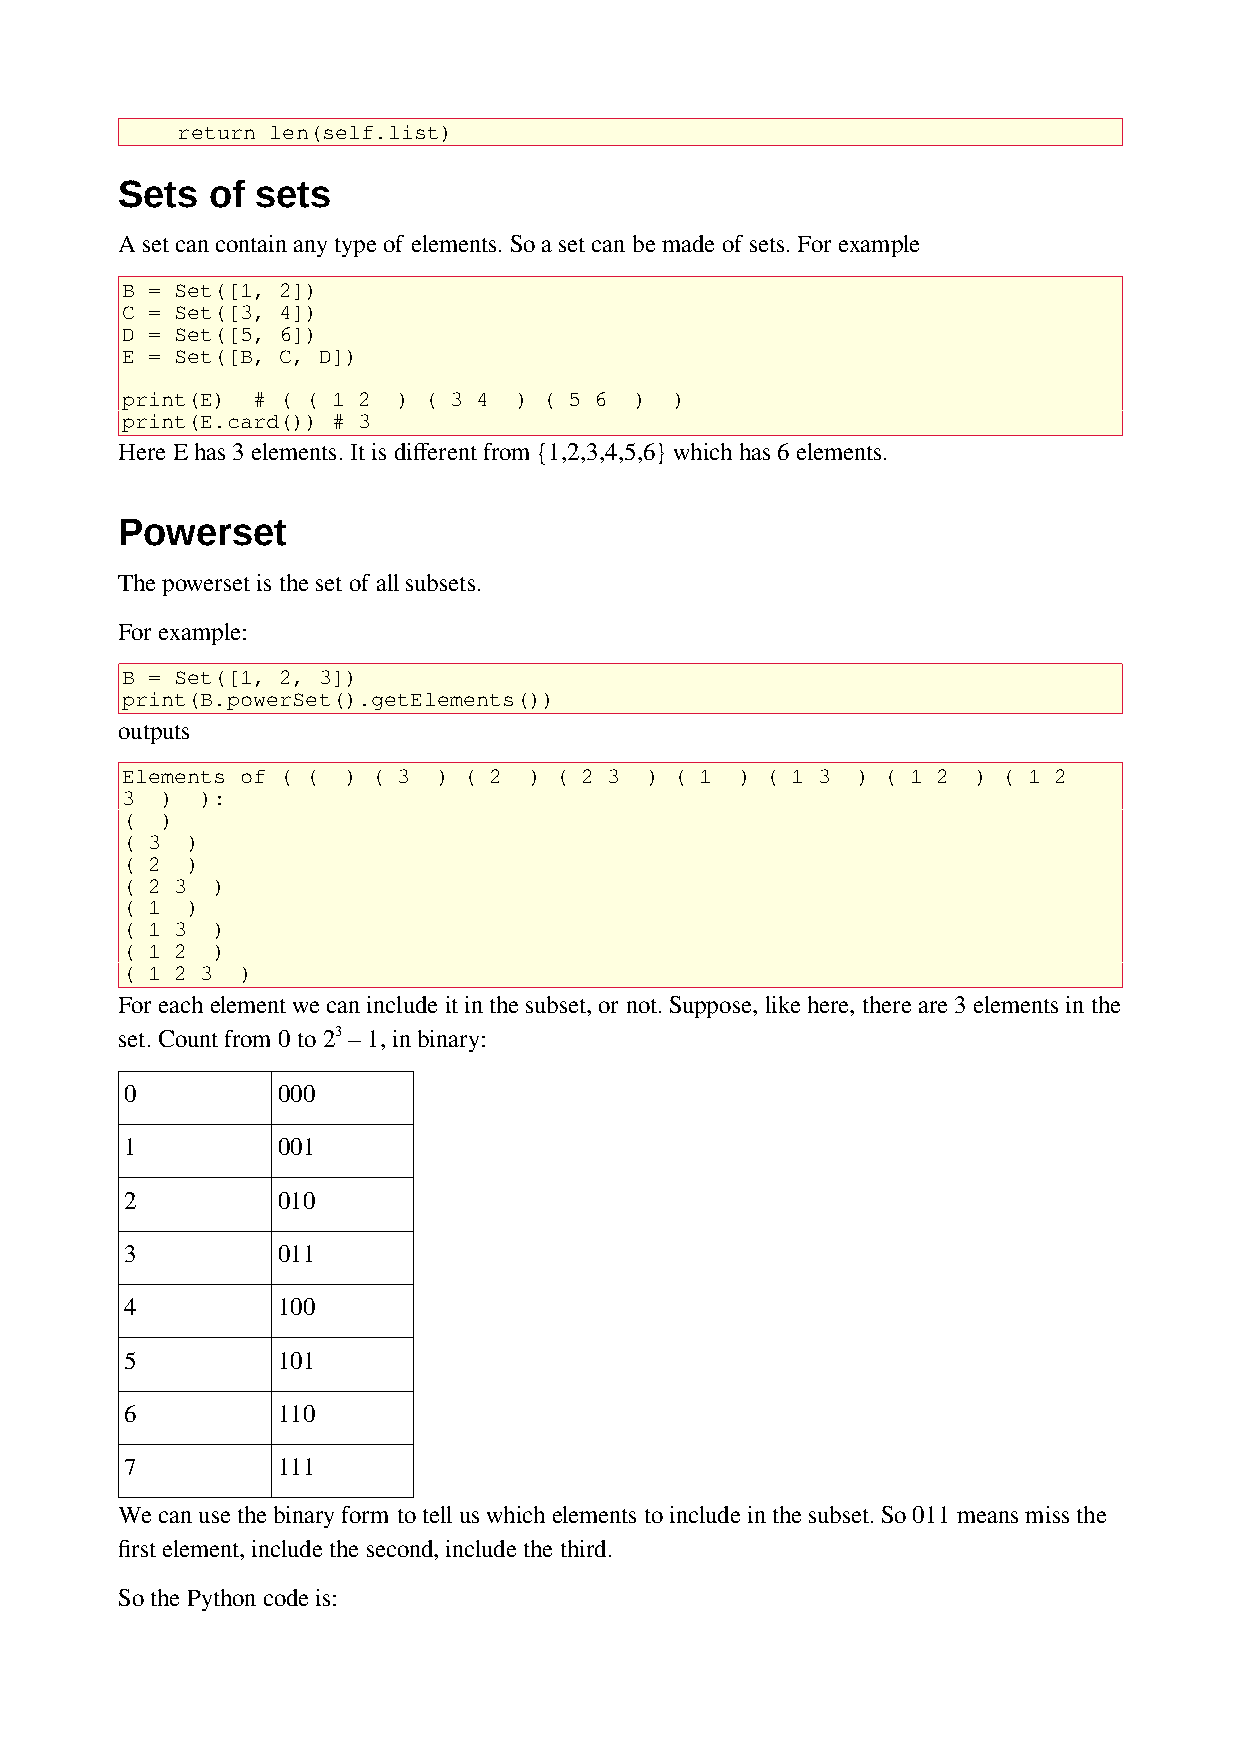
return len(self.list)
 Sets  of sets
 A set can contain any type of elements. So a set can be made of sets. For example
 B = Set([1, 2])
 C = Set([3, 4])
 D = Set([5, 6])
 E = Set([B, C, D])
 print(E) # ( ( 1 2 ) ( 3 4 ) ( 5 6 ) )
 print(E.card()) # 3
 Here E has 3 elements. It is different from {1,2,3,4,5,6} which has 6 elements.
 Powerset
 The powerset is the set of all subsets.
 For example:
 B = Set([1, 2, 3])
 print(B.powerSet().getElements())
 outputs
 Elements of ( ( ) ( 3 ) ( 2 ) ( 2 3 ) ( 1 ) ( 1 3 ) ( 1 2 ) ( 1 2
 3  ) ):
 (  )
 ( 3 )
 ( 2 )
 ( 2 3 )
 ( 1 )
 ( 1 3 )
 ( 1 2 )
 ( 1 2 3 )
 For each element we can include it in the subset, or not. Suppose, like here, there are 3 elements in the
 set. Count from 0 to 23 – 1, in binary:
 0         000
 1         001
 2         010
 3         011
 4         100
 5         101
 6         110
 7         111
 We can use the binary form to tell us which elements to include in the subset. So 011 means miss the
 first element, include the second, include the third.
 So the Python code is: